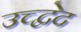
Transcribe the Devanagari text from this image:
उच्द्वेद